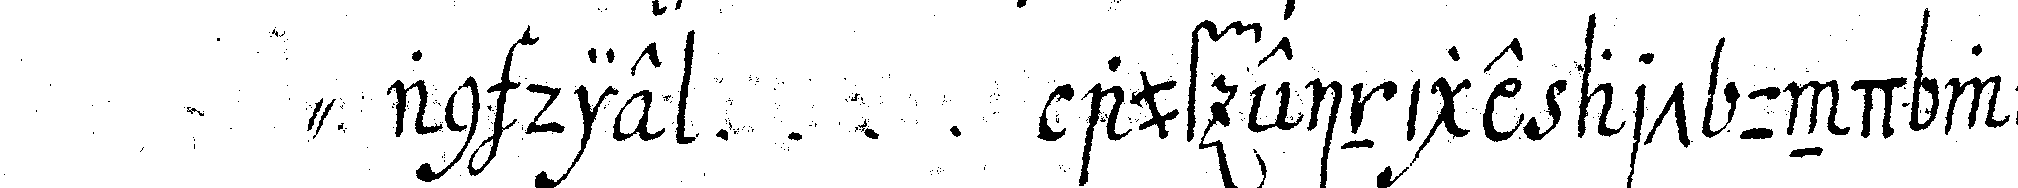
" an die ... auf einige art und weise